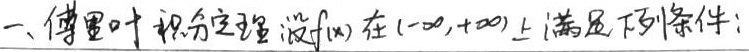
一、傅里叶积分定理 设 \(f(x)\) 在 \((-\infty,+\infty)\) 上满足下列条件：